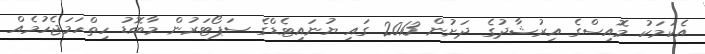
އެކަމަކު މޮއިސްގެ އިރުޝާދުގެ ދަށުން 2013 ގައި ޔުނައިޓެޑްގެ ސަޕޯޓަރުން މާބޮޑު ހިތްހަމަޖެހުމެއް